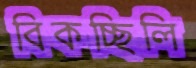
বিকচ্ছিলি